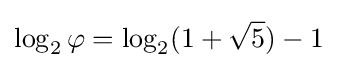
\log _{2}\varphi =\log _{2}(1+{\sqrt {5}})-1